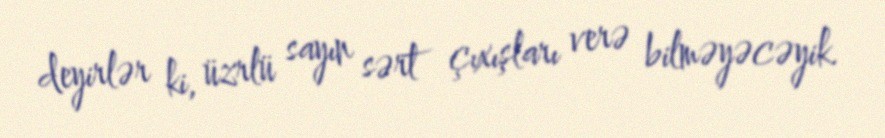
deyirlər ki, üzrlü sayın sərt çıxışları verə bilməyəcəyik.